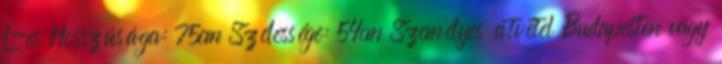
L-es Hosszúsága: 75cm Szélessége: 54cm Személyes átvétel Budapesten vagy